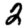
Digit: 2